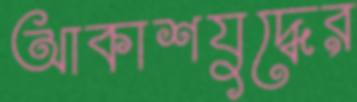
আকাশযুদ্ধের